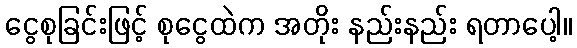
ငွေစုခြင်းဖြင့် စုငွေထဲက အတိုး နည်းနည်း ရတာပေါ့။